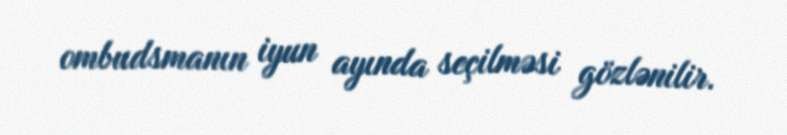
ombudsmanın iyun ayında seçilməsi gözlənilir.